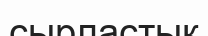
сырластық